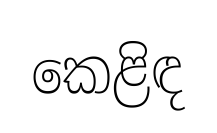
කෙළිඳ